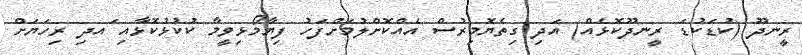
ރީނދޫ (ކުޑަކުޑަ ރީނދޫކޮޅެއް) އަދި ގިތެޔޮމިރުސް އެއްކޮށްލުމަށްފަހު ފިޔާމޯޅިވީމާ ކުކުޅުކޮޅާއި ައދި ރިހަޔަށް